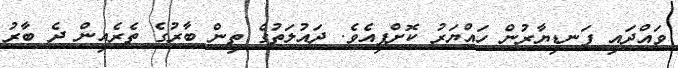
ވައްދައި ފަނޑިޔާރުން ހައްޔަރު ކޮށްފިއެވެ. ދައުލަތުގެ ތިން ބާރުގެ ތެރެއިން ދެ ބާރު